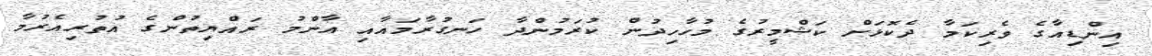
އިންޑިއާގެ ވެރިކަމާ ދެކޮޅަށް ކަޝްމީރުގެ މުހާހިދުން ކުރަމުންދާ ހަނގުރާމައާއި އާންމު ރައްޔިތުންގެ އުތުރިއެރުމާ